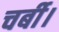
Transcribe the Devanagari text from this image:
चर्बी।